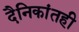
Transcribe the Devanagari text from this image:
दैनिकांतही